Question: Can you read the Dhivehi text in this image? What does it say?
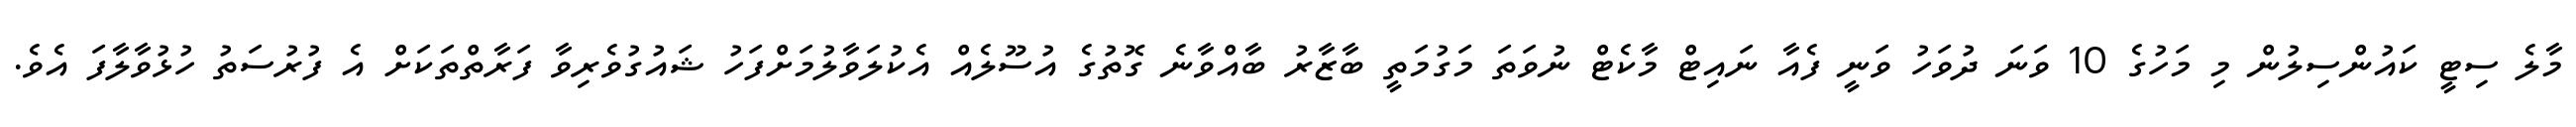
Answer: މާލެ ސިޓީ ކައުންސިލުން މި މަހުގެ 10 ވަނަ ދުވަހު ވަނީ ފެއާ ނައިޓް މާކެޓް ނުވަތަ މަގުމަތީ ބާޒާރު ބާއްވާނެ ގޮތުގެ އުސޫލެއް އެކުލަވާލުމަށްފަހު ޝައުގުވެރިވާ ފަރާތްތަކަށް އެ ފުރުސަތު ހުޅުވާލާފަ އެވެ.